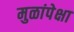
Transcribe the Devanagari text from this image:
मुळांपेक्षा